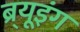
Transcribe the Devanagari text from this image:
ब्र्यूइंग